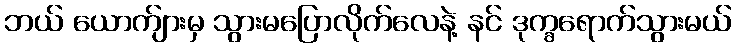
ဘယ် ယောက်ျားမှ သွားမပြောလိုက်လေနဲ့ နင် ဒုက္ခရောက်သွားမယ်